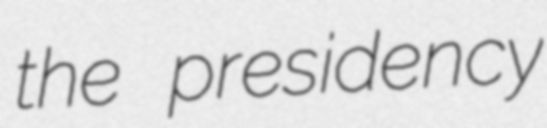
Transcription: the presidency